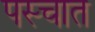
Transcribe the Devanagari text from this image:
पस्चात